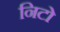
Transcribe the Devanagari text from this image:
निटो